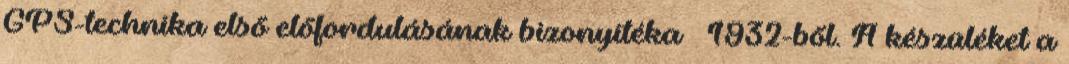
GPS-technika első előfordulásának bizonyítéka – 1932-ből. A készüléket a